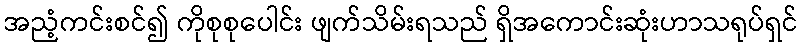
အညံ့ကင်းစင်၍ ကိုစုစုပေါင်း ဖျက်သိမ်းရသည် ရှိအကောင်းဆုံးဟာသရုပ်ရှင်